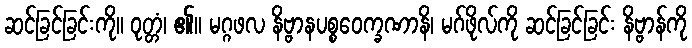
ဆင်ခြင်ခြင်းကို။ ဝုတ္တံ၊ ၏။ မဂ္ဂဖလ နိဗ္ဗာနပစ္စဝေက္ခဏာနိ၊ မဂ်ဖိုလ်ကို ဆင်ခြင်ခြင်း နိဗ္ဗာန်ကို